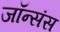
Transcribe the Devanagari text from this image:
जॉन्संस